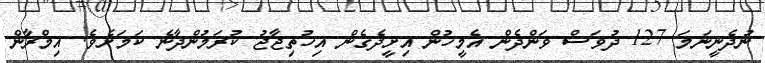
ނުދެނީނަމަ 127 ދުވަސް ވަންދެން އެމީހުން އިށީދެގެން އިހުތިޖާޖު ކުރަމުންދާނެ ކަމަށެވެ. އިމްރާން